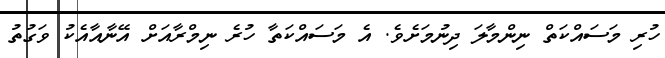
ހުރި މަސައްކަތް ނިންމާލަ ދިނުމަށެވެ. އެ މަސައްކަތާ ހުރެ ނިމްރާއަށް އޭނާއާއެކު ވަގުތު